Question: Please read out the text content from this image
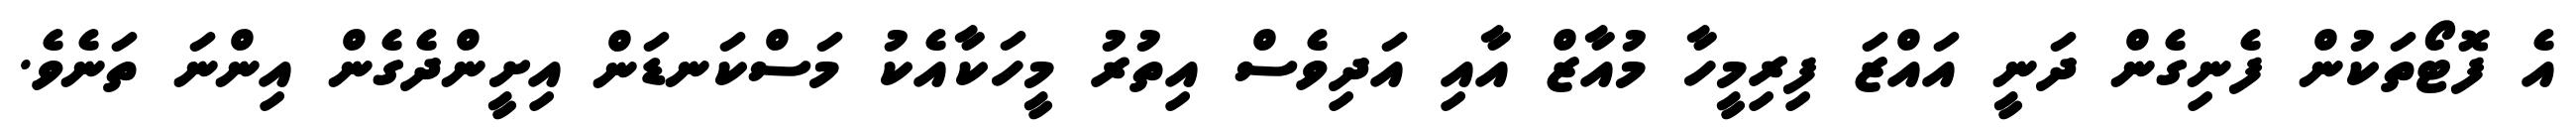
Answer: އެ ފޮޓޯތަކުން ފެނިގެން ދަނީ އައްޒަ ފިރިމީހާ މުއާޒް އާއި އަދިވެސް އިތުރު މީހަކާއެކު މަސްކަނޑަން އިށީންދެގެން އިންނަ ތަނެވެ.